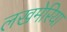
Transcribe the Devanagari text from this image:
लखमेरिया